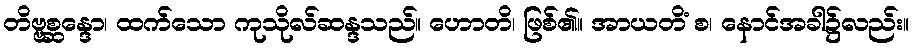
တိဗ္ဗစ္ဆန္ဒော၊ ထက်သော ကုသိုလ်ဆန္ဒသည်။ ဟောတိ၊ ဖြစ်၏။ အာယတိံ စ၊ နောင်အခါ၌လည်း။